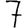
Digit: 7